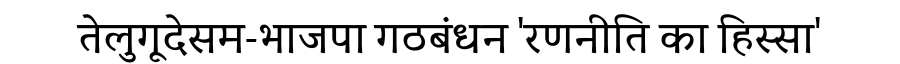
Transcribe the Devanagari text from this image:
तेलुगूदेसम-भाजपा गठबंधन 'रणनीति का हिस्सा'